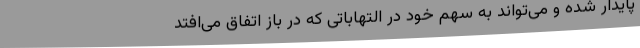
پایدار شده و می‌تواند به سهم خود در التهاباتی که در باز اتفاق می‌افتد